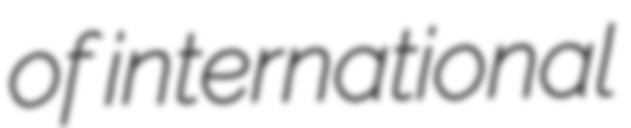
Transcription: of international